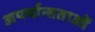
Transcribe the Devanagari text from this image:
अपर्यान्तताओं